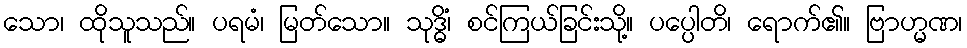
သော၊ ထိုသူသည်။ ပရမံ၊ မြတ်သော။ သုဒ္ဓိံ၊ စင်ကြယ်ခြင်းသို့။ ပပ္ပေါတိ၊ ရောက်၏။ ဗြာဟ္မဏ၊